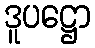
ဒူပဋ္ဌော